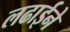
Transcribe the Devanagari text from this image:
लढाईने